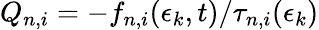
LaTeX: Q_{n,i}=-f_{n,i}(\epsilon_{k},t)/\tau_{n,i}(\epsilon_{k})